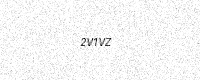
Text: 2V1VZ